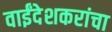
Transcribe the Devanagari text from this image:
वाईंदेशकरांचा